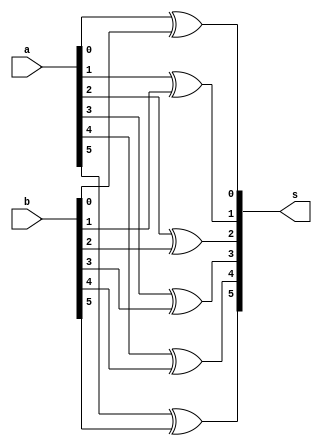
// -------------------------
// Exercicio0044  FULL ADDER (Diferena)
// Nome: Pedro Henrique Alves M. de Carvalho
// -------------------------

// -------------------------
//  full adder
// -------------------------
module fullAdder (output [5:0] s,
						input [5:0] a,
						input [5:0] b);

// descrever por portas
 assign s [0] = (a[0] ^ b[0]);
 assign s [1] = (a[1] ^ b[1]);
 assign s [2] = (a[2] ^ b[2]);
 assign s [3] = (a[3] ^ b[3]);
 assign s [4] = (a[4] ^ b[4]);
 assign s [5] = (a[5] ^ b[5]);

endmodule // fullAdder

module test_fullAdder;
// ------------------------- definir dados
		reg [5:0] x;
		reg [5:0] y;
		wire [5:0] diferente;
		
 fullAdder modulo (diferente, x, y);

// ------------------------- parte principal
 initial begin
		$display("Exercicio 0044 - Pedro Henrique A. M. de Carvalho - 427452");
		$display("Test LU Diferena");
		
		x = 6'b000111;		y = 6'b010101;

 #1 $display("%b %b = %b", x, y, diferente);

 end

endmodule // test_fullAdder